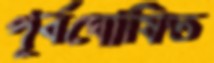
পূর্বঘোষিত